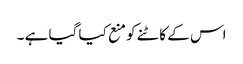
اس کے کاٹنے کو منع کیا گیا ہے ۔